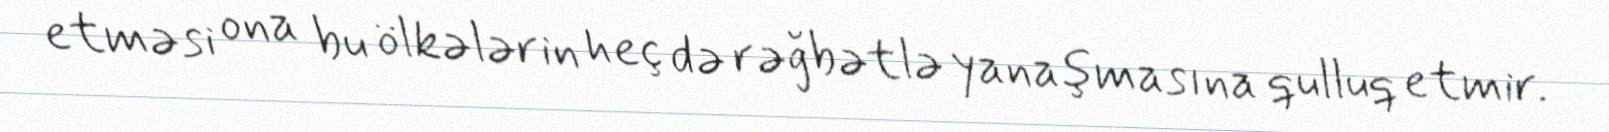
etməsi ona bu ölkələrin heç də rəğbətlə yanaşmasına qulluq etmir.